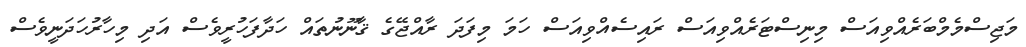
މަޖިސްމެމްބަރެއްވިއަސް މިނިސްޓަރެއްވިއަސް ރައިސެއްވިއަސް ހަމަ މިފަދަ ރާއްޖޭގެ ޤާނޫނުތައް ހަދާފަހުރީވެސް އަދި މިހާރުހަދަނީވެސް